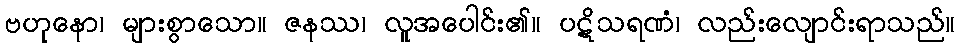
ဗဟုနော၊ များစွာသော။ ဇနဿ၊ လူအပေါင်း၏။ ပဋိသရဏံ၊ လည်းလျောင်းရာသည်။